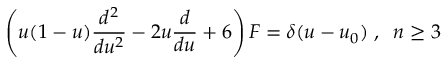
\left( u ( 1 - u ) \frac { d ^ { 2 } } { d u ^ { 2 } } - 2 u \frac { d } { d u } + 6 \right) F = \delta ( u - u _ { 0 } ) \; , \; \; n \geq 3